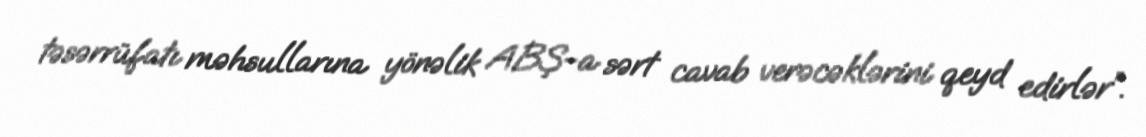
təsərrüfatı məhsullarına yönəlik ABŞ-a sərt cavab verəcəklərini qeyd edirlər”.